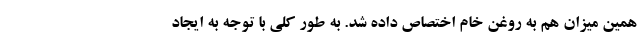
همین میزان هم به روغن خام اختصاص داده شد. به طور کلی با توجه به ایجاد